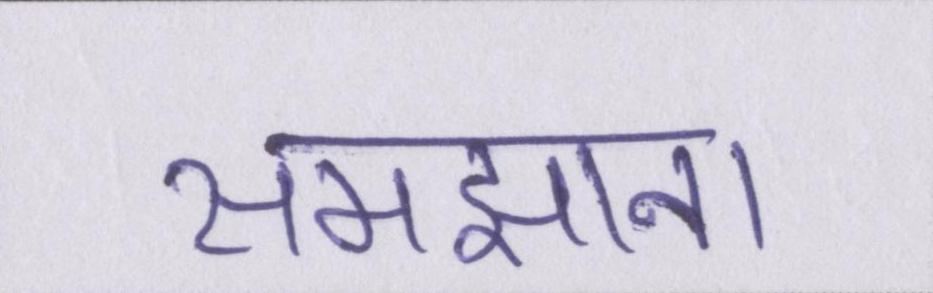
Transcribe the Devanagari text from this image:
समझाना